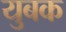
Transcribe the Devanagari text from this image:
युबक